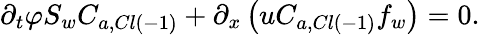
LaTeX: \partial_{t}\varphi S_{w}C_{a,Cl\left(-1\right)}+\partial_{x}\left(uC_{a,Cl\left(-1\right)}f_{w}\right)=0.